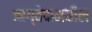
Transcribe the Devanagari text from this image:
ऋग्वेदामधील